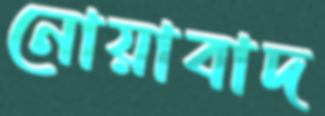
নোয়াবাদ